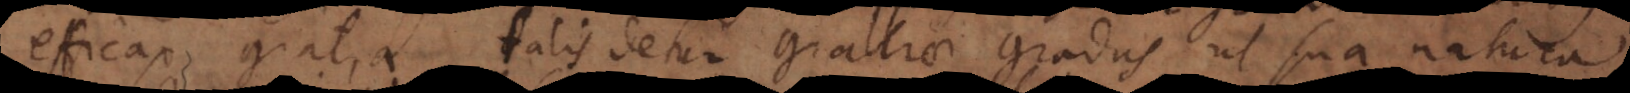
efficax gratia talis detur gratiae gradus, ut sua natura